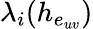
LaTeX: \lambda_{i}(h_{e_{uv}})